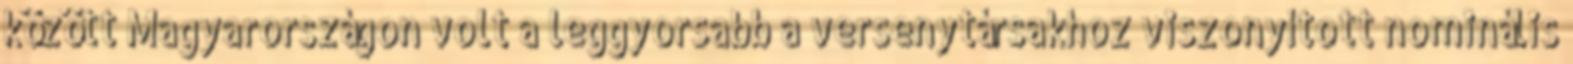
között Magyarországon volt a leggyorsabb a versenytársakhoz viszonyított nominális